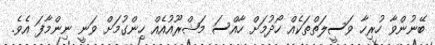
ބޭނުންވާ ހުރިހާ ވަސީލަތްތަކެއް ހޯދުމަށް ހާއްސަ މަޝްރޫއުއެއް ހިންގުމަށް ވަނީ ނިންމާފަ އެވެ.